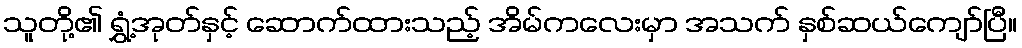
သူတို့၏ ရွှံ့အုတ်နှင့် ဆောက်ထားသည့် အိမ်ကလေးမှာ အသက် နှစ်ဆယ်ကျော်ပြီ။